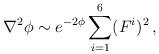
LaTeX: \begin{align*}\nabla^{2}\phi \sim e^{-2\phi}\sum_{i=1}^{6}(F^{i})^{2}\, ,\end{align*}